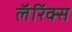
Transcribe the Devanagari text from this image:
लॅरिंक्स